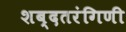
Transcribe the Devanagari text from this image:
शब्दतरंगिणी